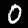
Label: 0